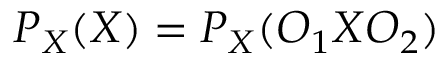
P _ { X } ( X ) = P _ { X } ( O _ { 1 } X O _ { 2 } )